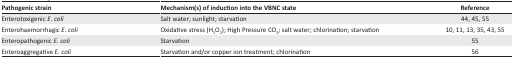
| Pathogenic strain | Mechanism(s) of induction into the VBNC state | Reference |
 | --- | --- | --- |
 | Enterotoxigenic E. coli | Salt water; sunlight; starvation | 44, 45, 55 |
 | Enterohaemorrhagic E. coli | Oxidative stress (H2O2); High Pressure CO2; salt water; chlorination; starvation | 10, 11, 13, 35, 43, 55 |
 | Enteropathogenic E. coli | Starvation | 55 |
 | Enteroaggregative E. coli | Starvation and/or copper ion treatment; chlorination | 56 |